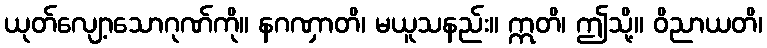
ယုတ်လျော့သောဂုဏ်ကို။ နဂဏှာတိ၊ မယူသနည်း။ ဣတိ၊ ဤသို့။ ဝိညာယတိ၊